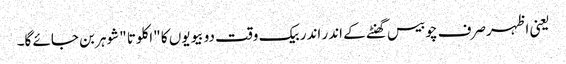
یعنی اظہرصرف چوبیس گھنٹے کے اندر اندر بیک وقت دو بیویوں کا "اکلوتا "شوہر بن جائے گا۔